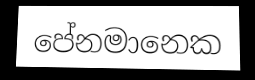
පේනමානෙක